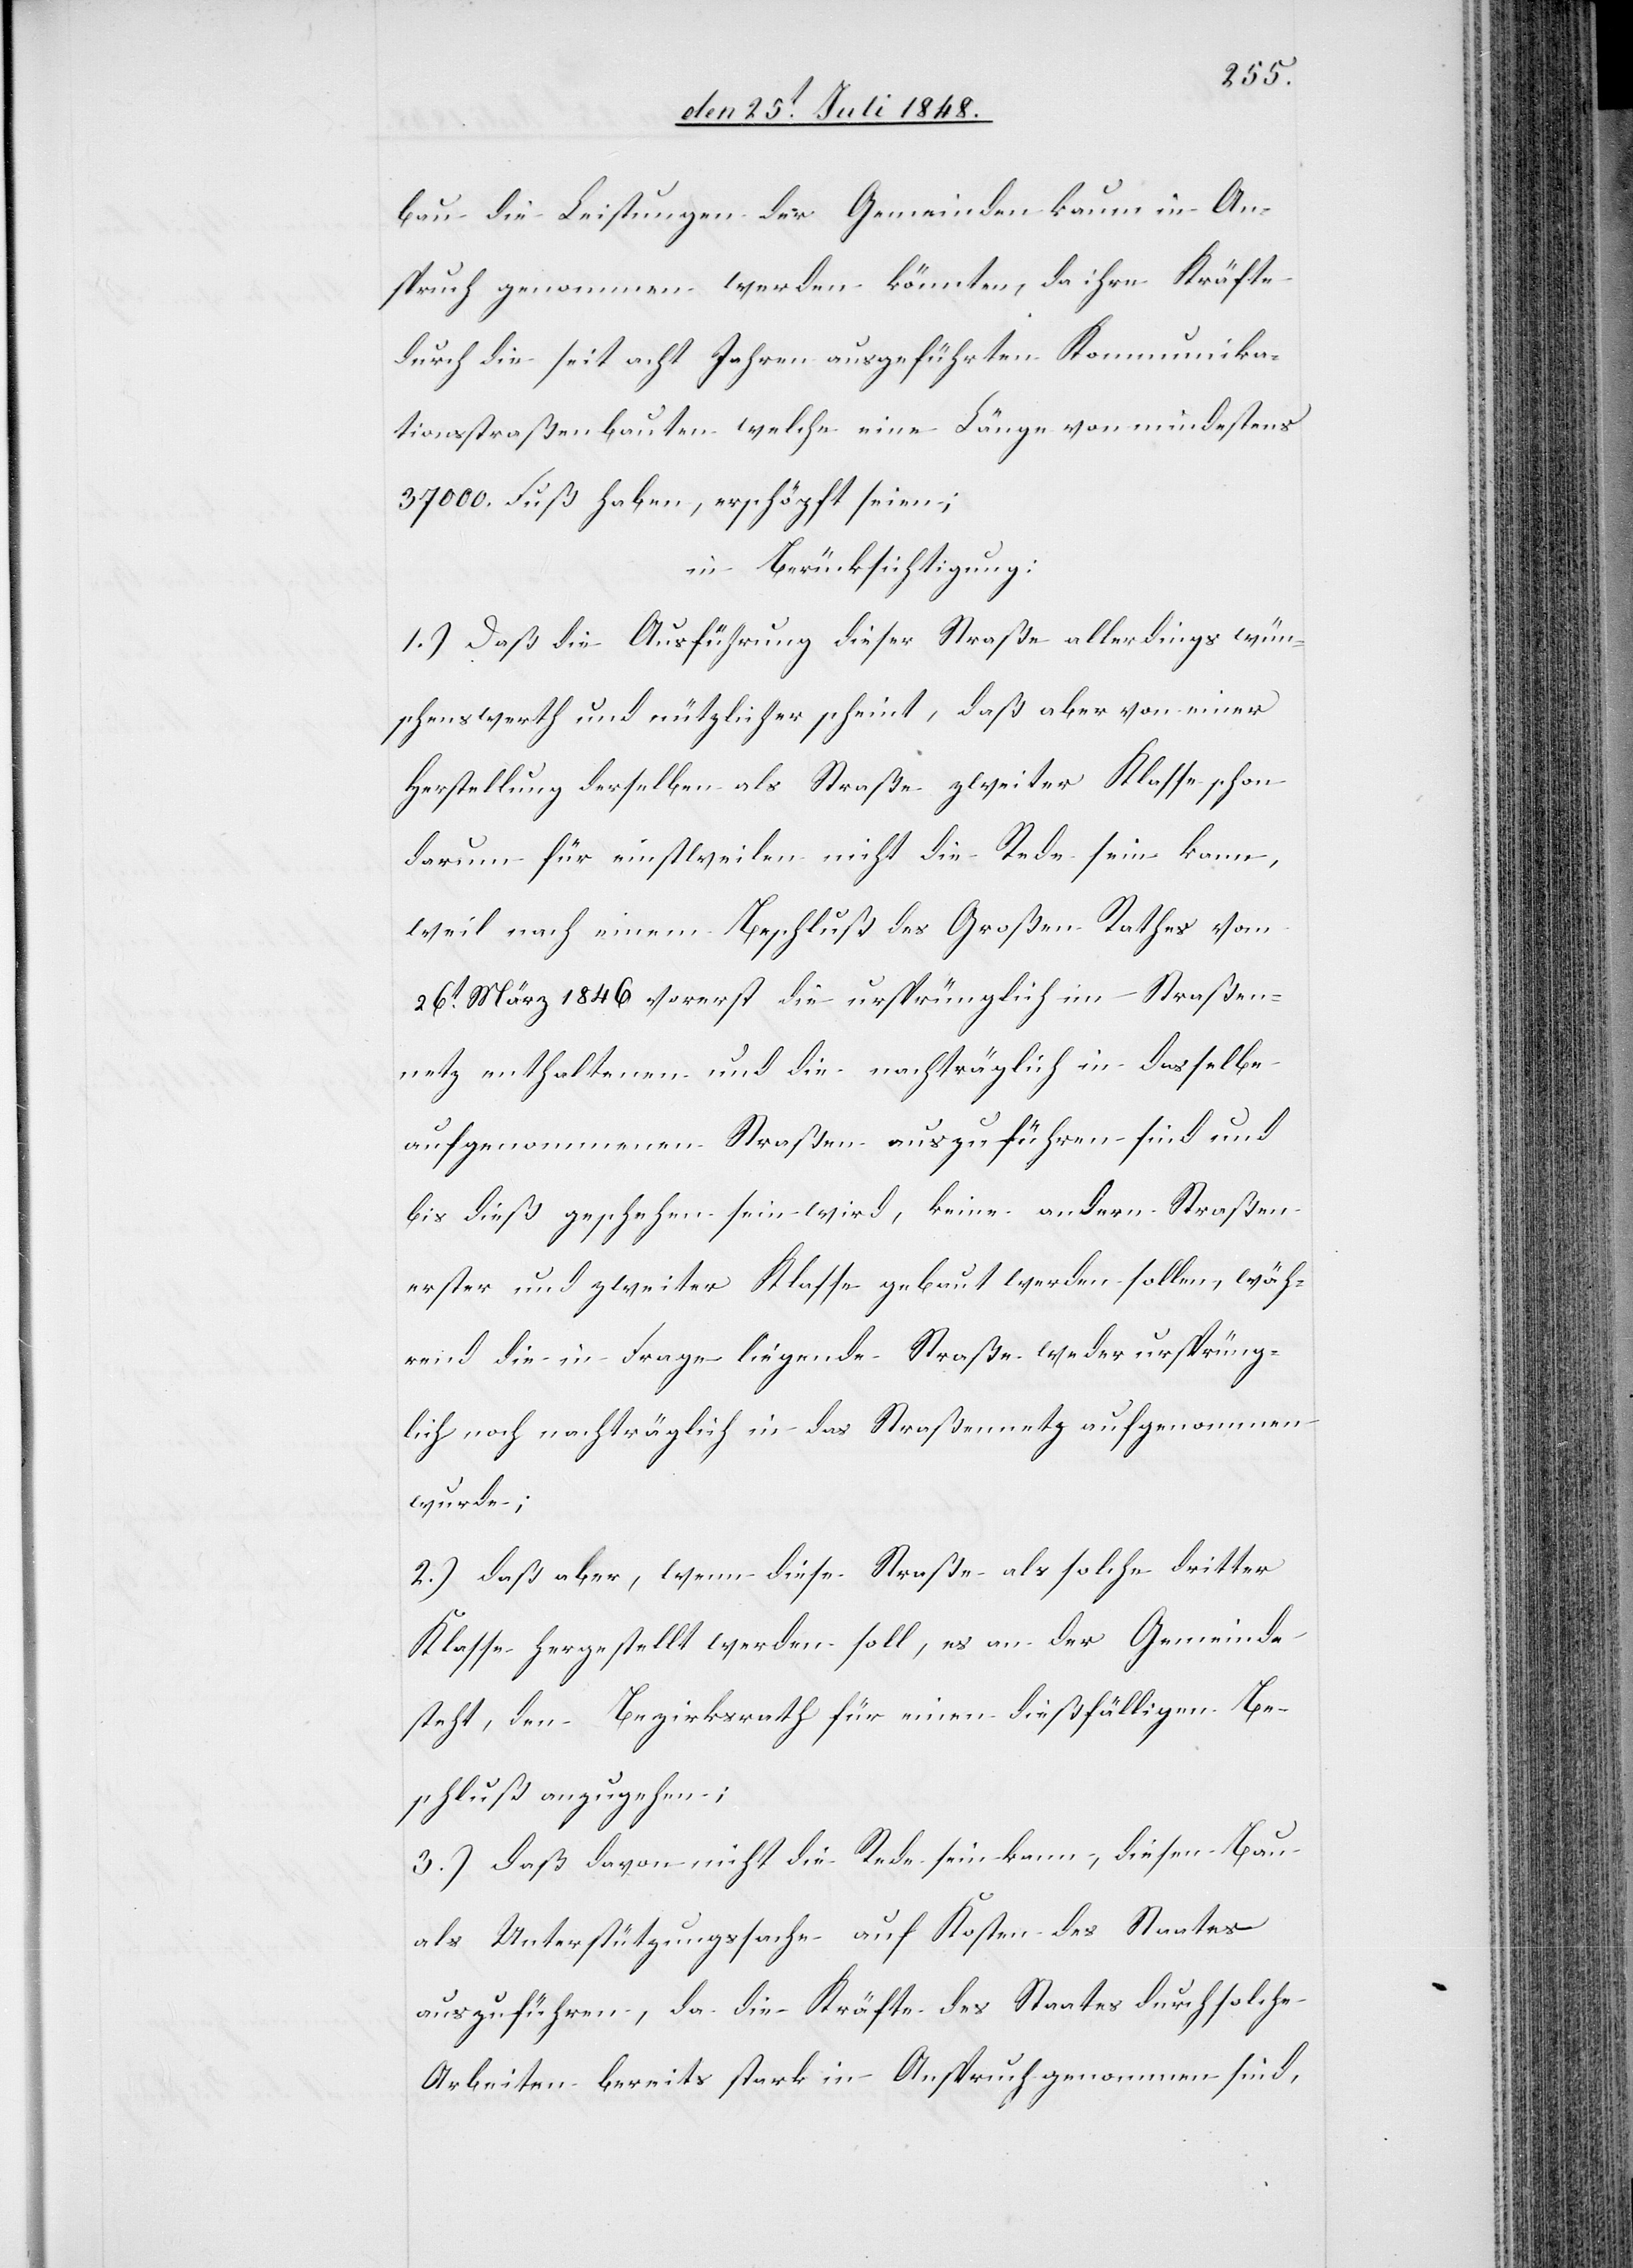
bau die Leistungen der Gemeinden kaum in An¬
spruch genommen werden könnten, da ihre Kräfte
durch die seit acht Jahren ausgeführten Kommunika¬
tionsstraßenbauten welche eine Länge von mindestens
37000. Fuß haben, erschöpft seien;
in Berücksichtigung:
1.) Daß die Ausführung dieser Straße allerdings wün¬
schenswerth und nützlich erscheint, daß aber von einer
Herstellung derselben als Straße zweiter Klase schon
darum für einstweilen nicht die Rede sein kann,
weil nach einem Beschluß des Großen Rathes vom
26t März 1846. vorerst die ursprünglich im Straßen¬
netz enthaltenen und die nachträglich in dasselbe
aufgenommenen Straßen auszuführen sind und
bis dieß geschehen sein wird, keine andern Straßen
erster und zweiter Klasse gebaut werden sollen, wäh¬
rend die in Frage liegende Straße weder ursprüng¬
lich noch nachträglich in das Straßennetz aufgenommen
wurde;
2.) daß aber, wenn diese Straße als solche dritter
Klasse hergestellt werden soll, es an der Gemeinde
steht, den Bezirksrath für einen dießfälligen Be¬
schluß anzugehen;
3.) daß davon nicht die Rede sein kann, diesen Bau
als Unterstützungssache auf Kosten des Staates
auszuführen, da die Kräfte des Staates durch solche
Arbeiten bereits stark in Anspruch genommen sind,